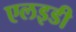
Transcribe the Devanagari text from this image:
एलइडी